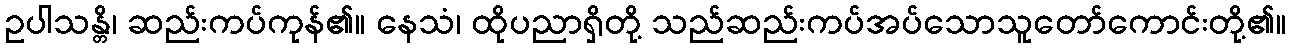
ဥပါသန္တိ၊ ဆည်းကပ်ကုန်၏။ နေသံ၊ ထိုပညာရှိတို့ သည်ဆည်းကပ်အပ်သောသူတော်ကောင်းတို့၏။